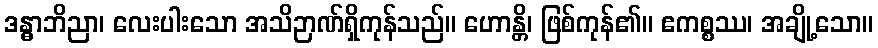
ဒန္ဓာဘိညာ၊ လေးပါးသော အသိဉာဏ်ရှိကုန်သည်။ ဟောန္တိ၊ ဖြစ်ကုန်၏။ ဧကစ္စဿ၊ အချို့သော။